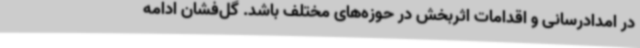
در امدادرسانی و اقدامات اثربخش در حوزه‌های مختلف باشد. گل‌فشان ادامه